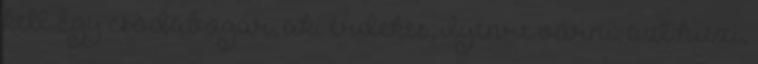
kell Egy csodabogár, aki érdekes, ilyenre várni, azt hiszi,